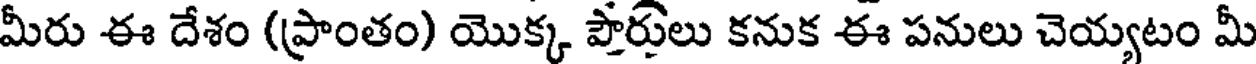
మీరు ఈ దేశం (ప్రాంతం) యొక్క పౌరులు కనుక ఈ పనులు చెయ్యటం మీ